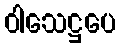
ဝါသေဋ္ဌပေ